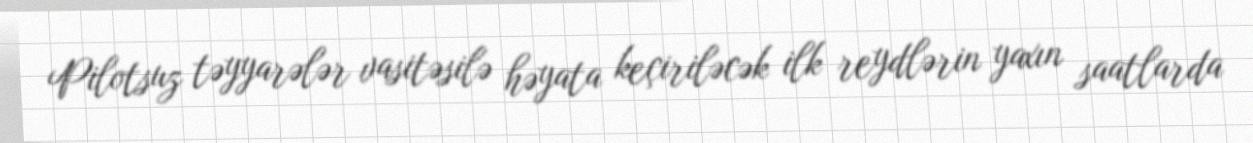
Pilotsuz təyyarələr vasitəsilə həyata keçiriləcək ilk reydlərin yaxın saatlarda